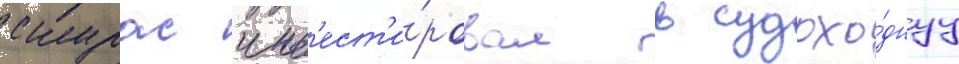
скурас инв'ест'и́ровал в судохо́днуу